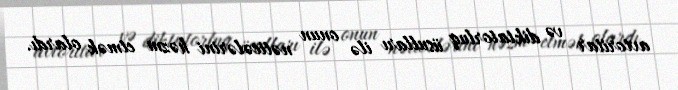
avtoritar və diktatorluq üsulları ilə onun nəticələrini həzm etmək olardı.